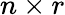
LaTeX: n\times r